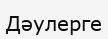
Дәулерге